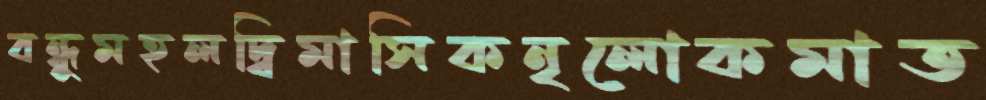
বন্ধুমহলদ্বিমাসিকনৃলোকমাত